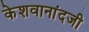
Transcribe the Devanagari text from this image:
केशवानांदजी